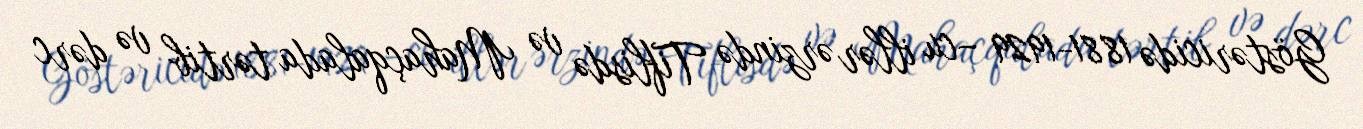
Göstəricidə 1881-1929 –cu illər ərzində Tiflisdə və Mahaçqalada tərtib və dərc